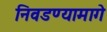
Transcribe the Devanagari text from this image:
निवडण्यामागे